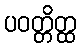
ပဝတ္တိတ္ထ